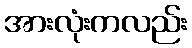
အားလုံးကလည်း